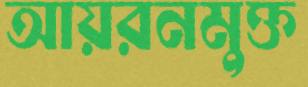
আয়রনমুক্ত